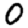
Digit: 0